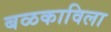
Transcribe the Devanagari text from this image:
बळकाविला